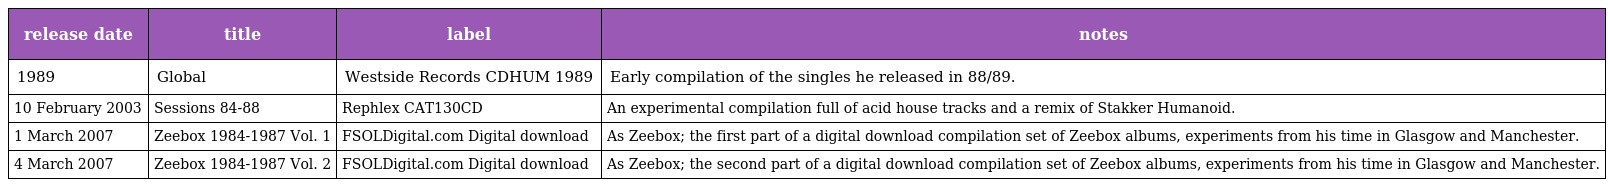
| release date | title | label | notes |
 | --- | --- | --- | --- |
 | 1989 | Global | Westside Records CDHUM 1989 | Early compilation of the singles he released in 88/89. |
 | 10 February 2003 | Sessions 84-88 | Rephlex CAT130CD | An experimental compilation full of acid house tracks and a remix of Stakker Humanoid. |
 | 1 March 2007 | Zeebox 1984-1987 Vol. 1 | FSOLDigital.com Digital download | As Zeebox; the first part of a digital download compilation set of Zeebox albums, experiments from his time in Glasgow and Manchester. |
 | 4 March 2007 | Zeebox 1984-1987 Vol. 2 | FSOLDigital.com Digital download | As Zeebox; the second part of a digital download compilation set of Zeebox albums, experiments from his time in Glasgow and Manchester. |